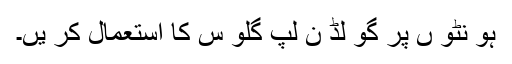
ہو نٹو ں پر گو لڈ ن لپ گلو س کا استعمال کر یں۔